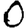
Digit: 0